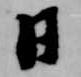
日